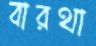
বারথা